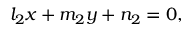
l _ { 2 } x + m _ { 2 } y + n _ { 2 } = 0 ,